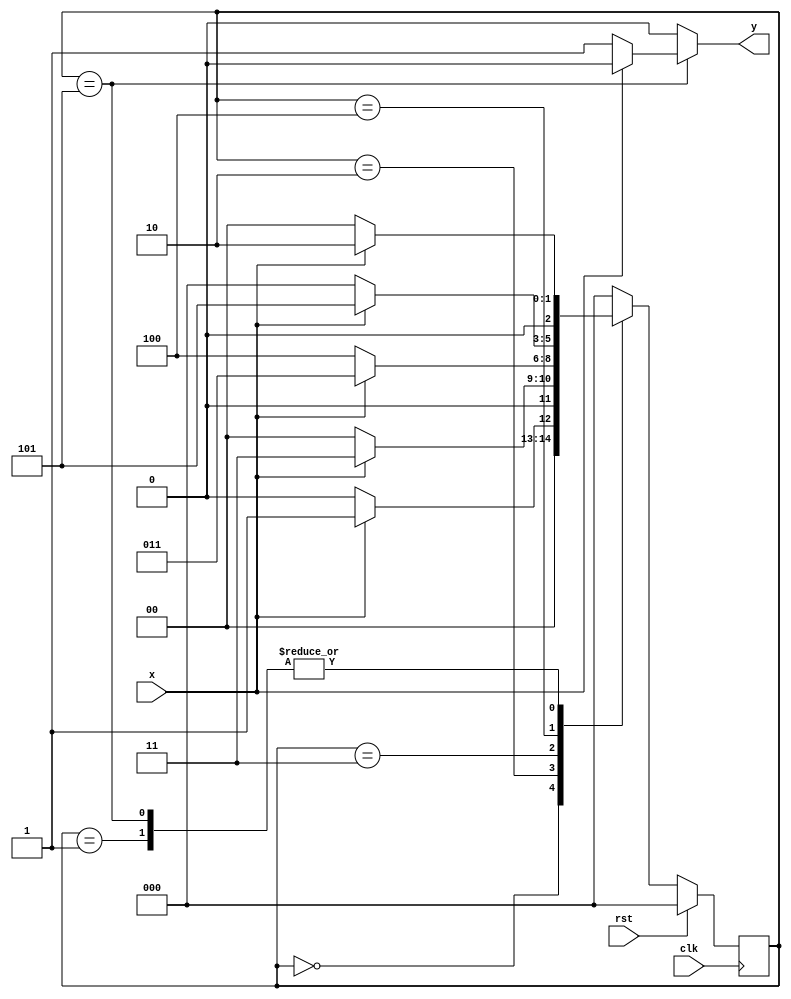
module fsm_111010_case(input x,clk,rst,output reg y);
reg [2:0]p_state,n_state;
parameter s0=3'b000;
parameter s1=3'b001;
parameter s2=3'b010;
parameter s3=3'b011;
parameter s4=3'b100;
parameter s5=3'b101;
always @(posedge clk)
begin
	if(rst)
	begin
		{p_state}<=0;
	end
	else
	begin
		p_state<=n_state;
	end
end
always @(p_state,x)
begin
	y=0;
	case(p_state)
	s0:
	if(x==0)
	begin
		n_state=s0;
	end
	else
	begin
		n_state=s1;
	end
	s1:
	if(x==0)
	begin
		n_state=s0;
	end
	else
	begin
		n_state=s2;
	end
	s2:
	if(x==0)
	begin
		n_state=s0;
	end
	else
	begin
		n_state=s3;
	end
	s3:
	if(x==0)
	begin
		n_state=s4;
	end
	else
	begin
		n_state=s3;
	end
	s4:
	if(x==0)
	begin
		n_state=s0;
	end
	else
	begin
		n_state=s5;
	end
	s5:
	if(x==0)
	begin
		n_state=s0;
		y<=1;
	end
	else
	begin
		n_state=s2;
	end
	default:
		n_state=s0;
	endcase
end
endmodule